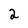
Character: 2